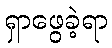
ရှာဖွေခဲ့ရာ